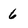
Character: 6